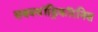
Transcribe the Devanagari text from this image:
सबक्वॉड्रिकॉरनिस